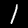
Label: 1